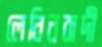
লেনিনবাদী